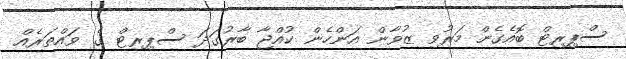
ސްޕިރިޓް ބޮއެގެން މަރުވި ޒުވާން އަންހެން ކުއްޖާ ބާރުގަދަ ސްޕިރިޓް ގެ ވައްތަރެއް